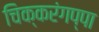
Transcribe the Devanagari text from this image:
चिक्करंगप्पा